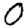
Digit: 0